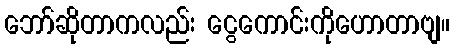
ဘော်ဆိုတာကလည်း ငွေကောင်းကိုဟောတာဗျ။